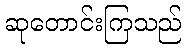
ဆုတောင်းကြသည်